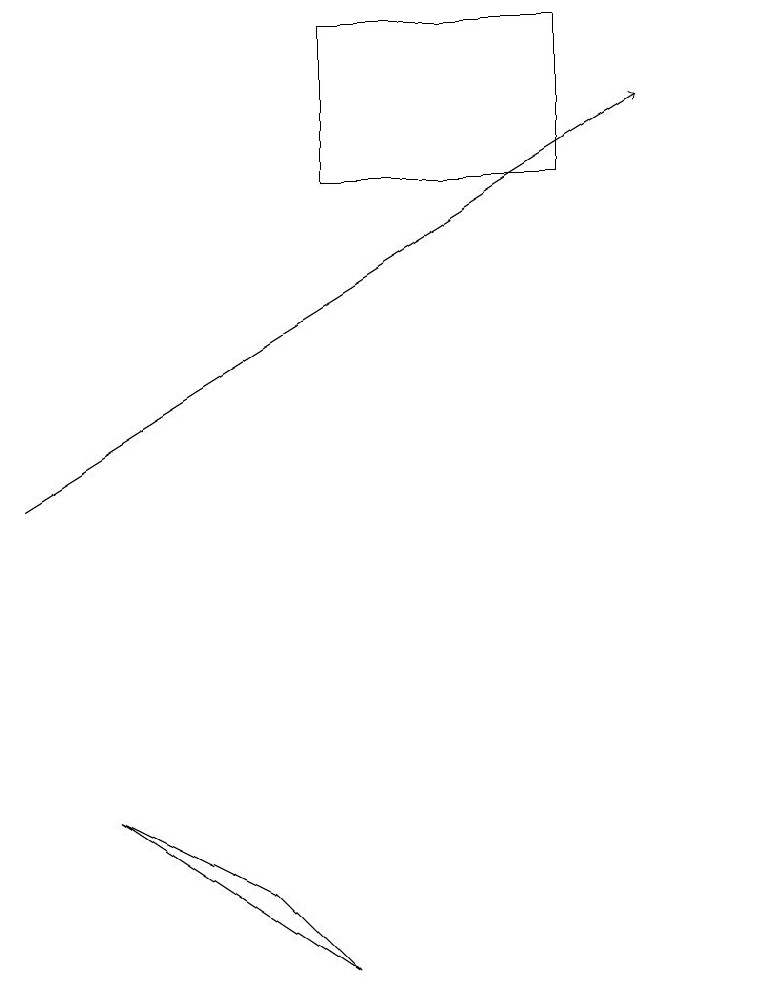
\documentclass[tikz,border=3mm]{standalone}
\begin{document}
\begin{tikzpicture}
\draw (4,7) -- (2,8) -- (5,6) -- cycle;
\draw (5,18) rectangle (8,16);
\draw[->] (1,12) -- (9,17);
\draw (10,12) circle (0);
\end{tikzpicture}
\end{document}